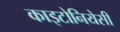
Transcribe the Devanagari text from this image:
काइटोनियेसी